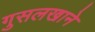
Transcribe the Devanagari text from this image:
गुसलखाने